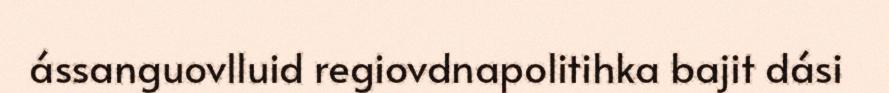
ássanguovlluid regiovdnapolitihka bajit dási